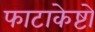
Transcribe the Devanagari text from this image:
फाटाकेष्टो